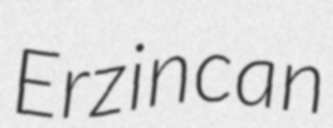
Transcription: Erzincan